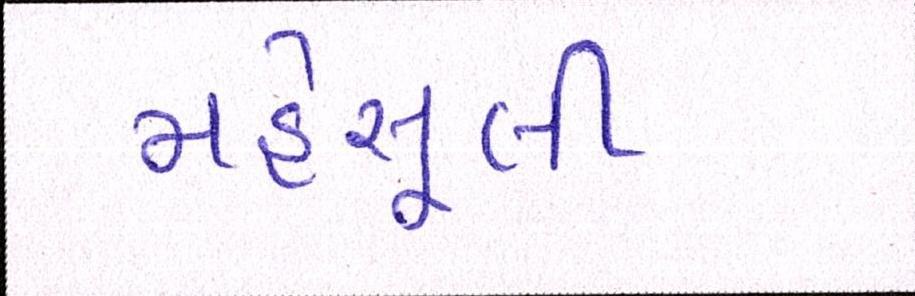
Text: મહેસૂલી